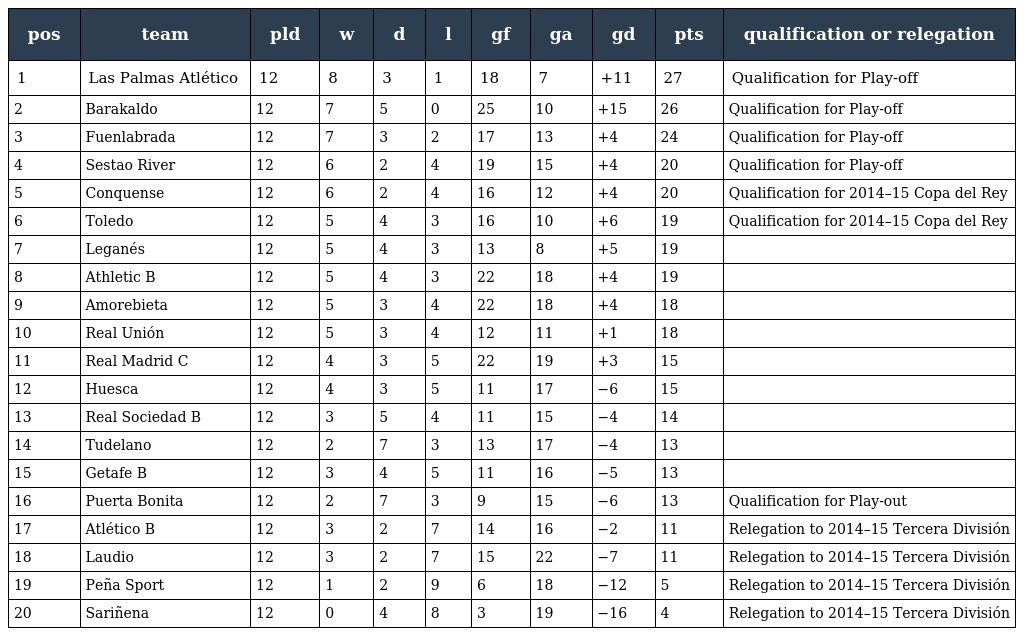
| pos | team | pld | w | d | l | gf | ga | gd | pts | qualification or relegation |
 | --- | --- | --- | --- | --- | --- | --- | --- | --- | --- | --- |
 | 1 | Las Palmas Atlético | 12 | 8 | 3 | 1 | 18 | 7 | +11 | 27 | Qualification for Play-off |
 | 2 | Barakaldo | 12 | 7 | 5 | 0 | 25 | 10 | +15 | 26 | Qualification for Play-off |
 | 3 | Fuenlabrada | 12 | 7 | 3 | 2 | 17 | 13 | +4 | 24 | Qualification for Play-off |
 | 4 | Sestao River | 12 | 6 | 2 | 4 | 19 | 15 | +4 | 20 | Qualification for Play-off |
 | 5 | Conquense | 12 | 6 | 2 | 4 | 16 | 12 | +4 | 20 | Qualification for 2014–15 Copa del Rey |
 | 6 | Toledo | 12 | 5 | 4 | 3 | 16 | 10 | +6 | 19 | Qualification for 2014–15 Copa del Rey |
 | 7 | Leganés | 12 | 5 | 4 | 3 | 13 | 8 | +5 | 19 |  |
 | 8 | Athletic B | 12 | 5 | 4 | 3 | 22 | 18 | +4 | 19 |  |
 | 9 | Amorebieta | 12 | 5 | 3 | 4 | 22 | 18 | +4 | 18 |  |
 | 10 | Real Unión | 12 | 5 | 3 | 4 | 12 | 11 | +1 | 18 |  |
 | 11 | Real Madrid C | 12 | 4 | 3 | 5 | 22 | 19 | +3 | 15 |  |
 | 12 | Huesca | 12 | 4 | 3 | 5 | 11 | 17 | −6 | 15 |  |
 | 13 | Real Sociedad B | 12 | 3 | 5 | 4 | 11 | 15 | −4 | 14 |  |
 | 14 | Tudelano | 12 | 2 | 7 | 3 | 13 | 17 | −4 | 13 |  |
 | 15 | Getafe B | 12 | 3 | 4 | 5 | 11 | 16 | −5 | 13 |  |
 | 16 | Puerta Bonita | 12 | 2 | 7 | 3 | 9 | 15 | −6 | 13 | Qualification for Play-out |
 | 17 | Atlético B | 12 | 3 | 2 | 7 | 14 | 16 | −2 | 11 | Relegation to 2014–15 Tercera División |
 | 18 | Laudio | 12 | 3 | 2 | 7 | 15 | 22 | −7 | 11 | Relegation to 2014–15 Tercera División |
 | 19 | Peña Sport | 12 | 1 | 2 | 9 | 6 | 18 | −12 | 5 | Relegation to 2014–15 Tercera División |
 | 20 | Sariñena | 12 | 0 | 4 | 8 | 3 | 19 | −16 | 4 | Relegation to 2014–15 Tercera División |